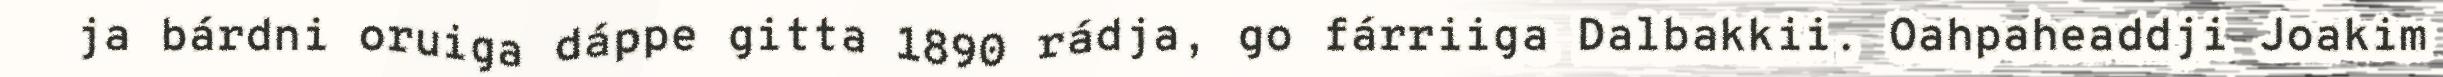
ja bárdni oruiga dáppe gitta 1890 rádja, go fárriiga Dalbakkii. Oahpaheaddji Joakim